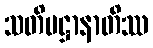
သတိပဋ္ဌာနာတိဿ